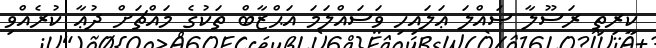
ކީރިތި ރަސޫލާ ޞައްލަ ޢަލައިހި ވަސައްލަމަ އަޙްޒާބް ތަކުގެ މައްޗަށް ދުޢާ ކުރެއްވި